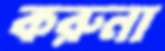
করুনা